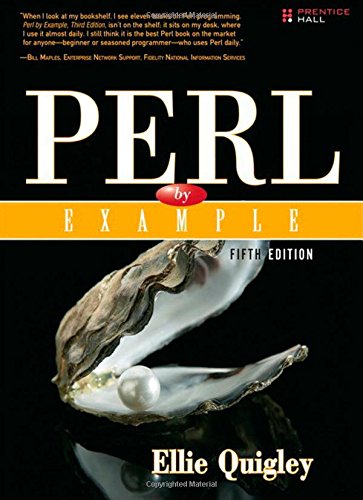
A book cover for Perl by Example (5th Edition); Ellie Quigley; Computers & Technology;